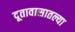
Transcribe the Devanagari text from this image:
दूतावासातल्या